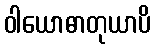
ဝါယောဓာတုယာပိ